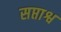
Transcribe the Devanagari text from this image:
सप्ताश्व